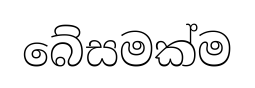
බේසමක්ම